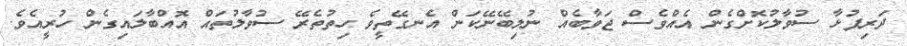
ދަރިފުޅާ ސުވާލުކޮށްގެން އެއްވެސް ޖަވާބެއް ނުލިބޭނޭކަން އެނގޭތީވެ ހިތުތެރޭ ސުވާލުތައް އޮއްބާލައިގެން ހުރީއެވެ.